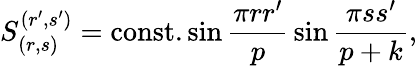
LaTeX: S_{(r,s)}^{(r^{\prime},s^{\prime})}=\mathrm{const.}\sin{\frac{\pi rr^{\prime}}{p}}\sin{\frac{\pi ss^{\prime}}{p+k}},